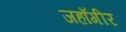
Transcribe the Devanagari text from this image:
जहाँगीऱ